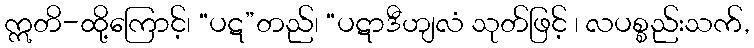
ဣတိ-ထို့ကြောင့်၊ “ပဋ”တည်၊ “ပဋာဒီဟျလံ သုတ်ဖြင့် ၊ လပစ္စည်းသက်,